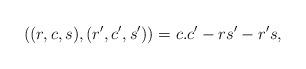
LaTeX: \begin{align*}\left( (r,c,s),(r',c',s')\right) = c.c' - rs' - r's,\end{align*}